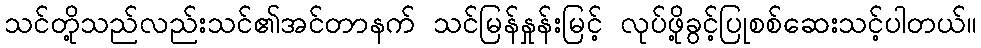
သင်တို့သည်လည်းသင်၏အင်တာနက် သင်မြန်နှုန်းမြင့် လုပ်ဖို့ခွင့်ပြုစစ်ဆေးသင့်ပါတယ်။